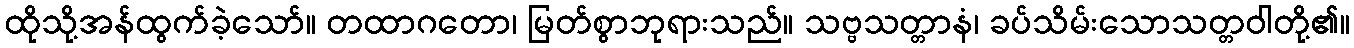
ထိုသို့အန်ထွက်ခဲ့သော်။ တထာဂတော၊ မြတ်စွာဘုရားသည်။ သဗ္ဗသတ္တာနံ၊ ခပ်သိမ်းသောသတ္တဝါတို့၏။